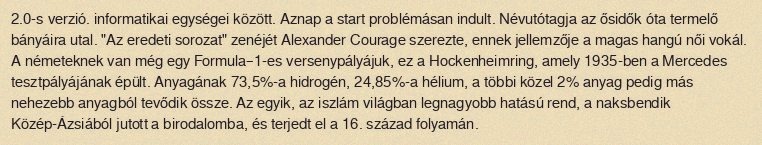
2.0-s verzió. informatikai egységei között. Aznap a start problémásan indult. Névutótagja az ősidők óta termelő bányáira utal. "Az eredeti sorozat" zenéjét Alexander Courage szerezte, ennek jellemzője a magas hangú női vokál. A németeknek van még egy Formula–1-es versenypályájuk, ez a Hockenheimring, amely 1935-ben a Mercedes tesztpályájának épült. Anyagának 73,5%-a hidrogén, 24,85%-a hélium, a többi közel 2% anyag pedig más nehezebb anyagból tevődik össze. Az egyik, az iszlám világban legnagyobb hatású rend, a naksbendik Közép-Ázsiából jutott a birodalomba, és terjedt el a 16. század folyamán.